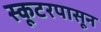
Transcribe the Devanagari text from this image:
स्कूटरपासून